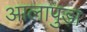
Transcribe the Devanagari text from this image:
आलापुड़ा